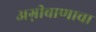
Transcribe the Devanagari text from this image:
अग्नीबाणाचा